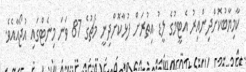
ކާމިޔާބުކޮށްދިންއިރު އެޓީމުގެ ލީޑު އިތުރަށް ފުޅާކޮށްދިނީ މެޗުގެ 87 ވަނަ މިނެޓްގައި އުޖޯއާއެވެ.